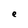
Character: e